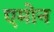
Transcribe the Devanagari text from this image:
एमोन